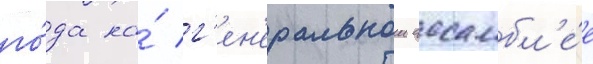
го́да на́ г'ен'еральнои ассамбл'е́е